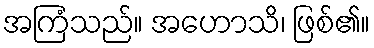
အကြံသည်။ အဟောသိ၊ ဖြစ်၏။